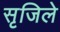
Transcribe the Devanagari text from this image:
सृजिले